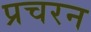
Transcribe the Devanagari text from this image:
प्रचरन